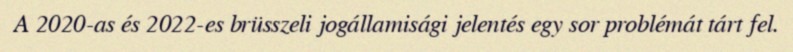
A 2020-as és 2022-es brüsszeli jogállamisági jelentés egy sor problémát tárt fel.